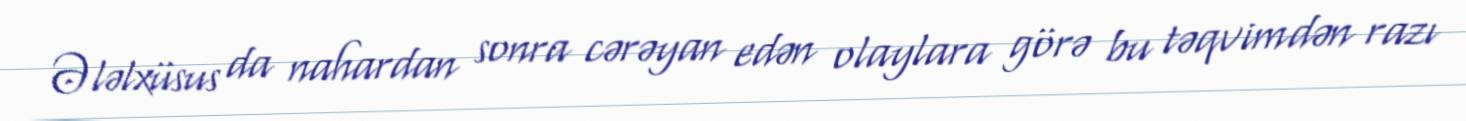
Ələlxüsus da nahardan sonra cərəyan edən olaylara görə bu təqvimdən razı